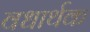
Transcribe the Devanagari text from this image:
वधार्थक